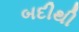
બદીથી